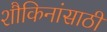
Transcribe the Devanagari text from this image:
शौकिनांसाठी